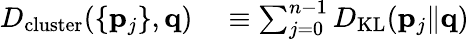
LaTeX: \begin{array}{rl}{D_{\mathrm{cluster}}(\{ \mathbf{p}_{j}\} ,\mathbf{q})}&{{}\equiv\sum_{j=0}^{n-1}D_{\mathrm{KL}}(\mathbf{p}_{j}\| \mathbf{q})}\end{array}